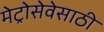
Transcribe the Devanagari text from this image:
मेट्रोसेवेसाठी